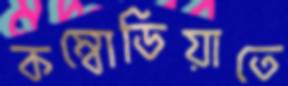
কম্বোডিয়াতে